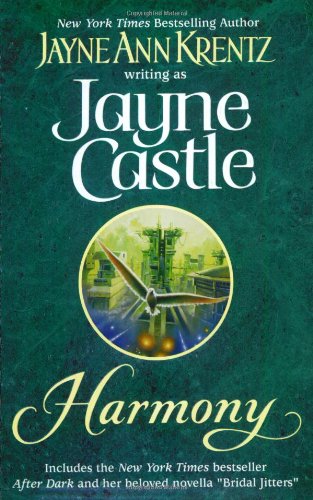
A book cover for Harmony; Jayne Castle; Romance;